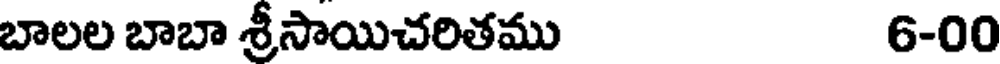
బాలల బాబా శ్రీసాయిచరితము 6-00